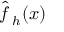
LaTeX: { \hat { f \, } } _ { h } ( x )